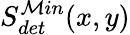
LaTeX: S_{det}^{\mathcal{M}in}(x,y)